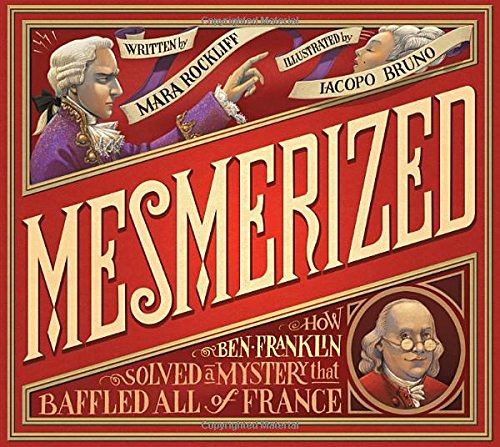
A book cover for Mesmerized: How Ben Franklin Solved a Mystery that Baffled All of France; Mara Rockliff; Children's Books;